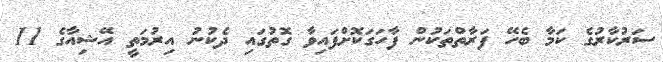
ސަރުކާރުގެ ކަމާ ބެހޭ ފަރާތްތަކުން ފާހަގަކޮށްފައިވާ ގޮތުގައި ދެކުނު އިރުމަތީ އޭޝިއާގެ 11